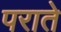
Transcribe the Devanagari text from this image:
पराते